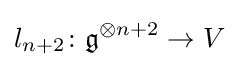
l_{n+2}\colon {\mathfrak {g}}^{\otimes n+2}\to V